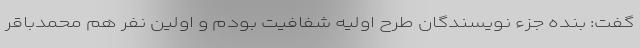
گفت: بنده جزء نویسندگان طرح اولیه شفافیت بودم و اولین نفر هم محمدباقر